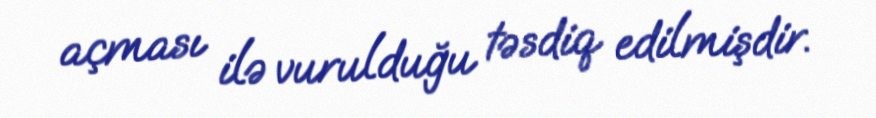
açması ilə vurulduğu təsdiq edilmişdir.